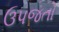
ઉપજતો